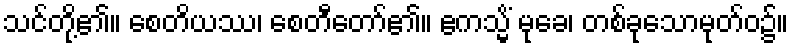
သင်တို့၏။ စေတိယဿ၊ စေတီတော်၏။ ဧကသ္မိံ မုခေ၊ တစ်ခုသောမုတ်ဝ၌။